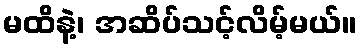
မထိနဲ့၊ အဆိပ်သင့်လိမ့်မယ်။